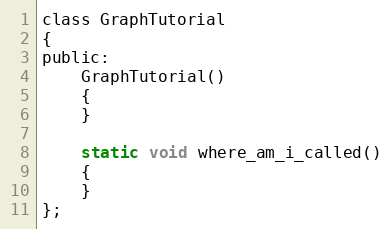
Language: C
class GraphTutorial
{
public:
	GraphTutorial()
	{
	}

	static void where_am_i_called()
	{
	}
};